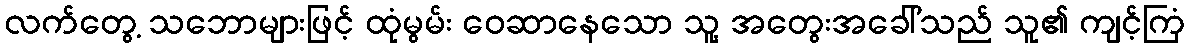
လက်တွေ့ သဘောများဖြင့် ထုံမွမ်း ဝေဆာနေသော သူ့ အတွေးအခေါ်သည် သူ၏ ကျင့်ကြံ